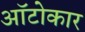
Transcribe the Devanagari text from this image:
ऑटोकार